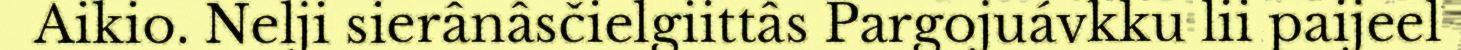
Aikio. Nelji sierânâsčielgiittâs Pargojuávkku lii paijeel